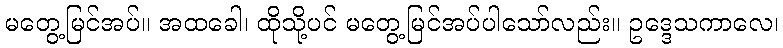
မတွေ့မြင်အပ်။ အထခေါ၊ ထိုသို့ပင် မတွေ့မြင်အပ်ပါသော်လည်း။ ဥဒ္ဒေသကာလေ၊